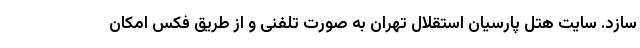
سازد. سایت هتل پارسیان استقلال تهران به صورت تلفنی و از طریق فکس امکان